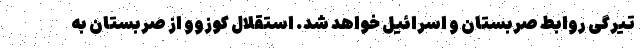
تیرگی روابط صربستان و اسرائیل خواهد شد. استقلال کوزوو از صربستان به